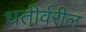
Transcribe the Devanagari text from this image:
धतीर्वरील